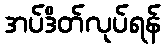
အပ်ဒိတ်လုပ်ရန်